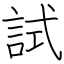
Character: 試